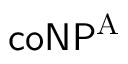
{ \mathsf { c o N P } } ^ { \mathrm { { A } } }